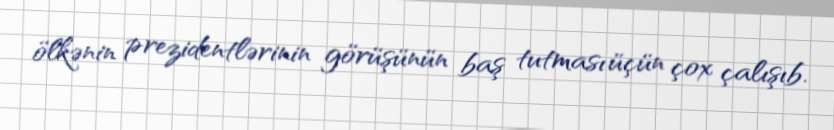
ölkənin prezidentlərinin görüşünün baş tutması üçün çox çalışıb.